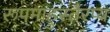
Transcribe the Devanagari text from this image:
रूपमाहुस्तैरप्य